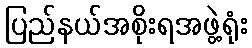
ပြည်နယ်အစိုးရအဖွဲ့ရုံး